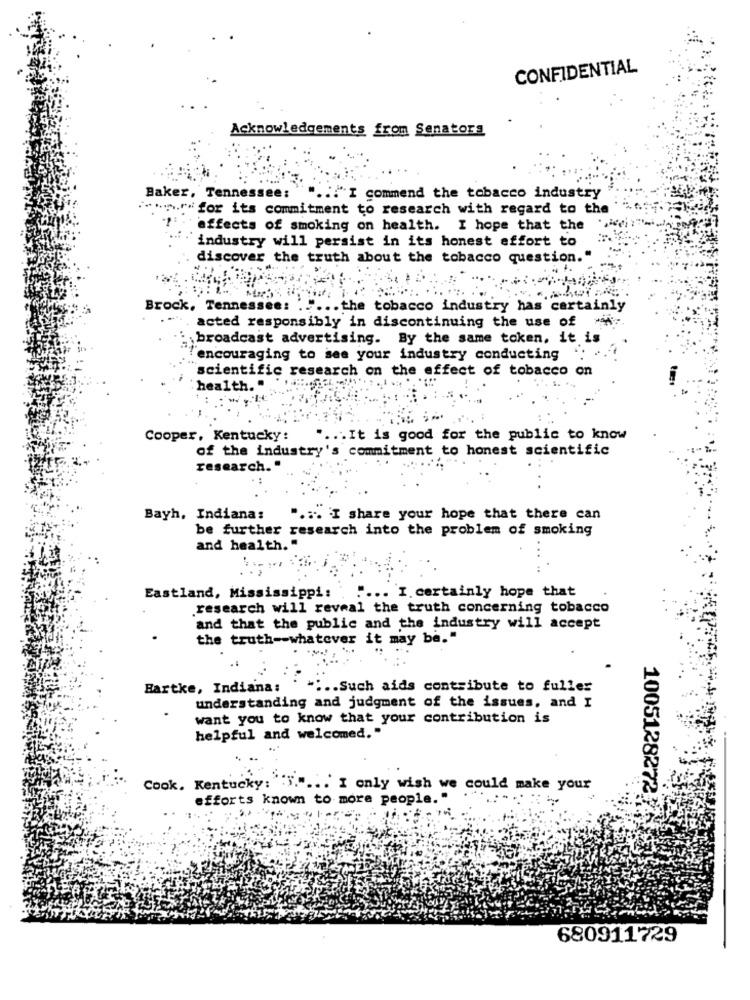
CONFIDENTIAL
Acknowledgements from Senators
Baker, Tennessee:
... "I commend the tobacco industry
A.r. for its commitment to research with regard to the
effects of smoking on health. I hope that the
industry will persist in its honest effort to
discover the truth about the tobacco question."
Brock, Tennessee:
.... the tobacco industry has certainly
acted responsibly in discontinuing the use of
broadcast advertising. By the same token, it is
"encouraging to see your industry conducting
scientific research on the effect of tobacco on
health. "
Cooper, Kentucky:
.. It is good for the public to know
of the industry's commitment to honest scientific
research."
Bayh, Indiana:
" ... I share your hope that there can
be further research into the problem of smoking
and health."
Eastland, Mississippi:
.... I. certainly hope that
.research will reveal the truth concerning tobacco
and that the public and the industry will accept
the truth -- whatever it may be."
Bartke, Indiana:
.. Such aids contribute to fuller
understanding and judgment of the issues, and I
want you to know that your contribution is
helpful and welcomed."
Cook. Kentucky: ""." ... I only wish we could make your
efforts known to more people."
10051282723
680911729